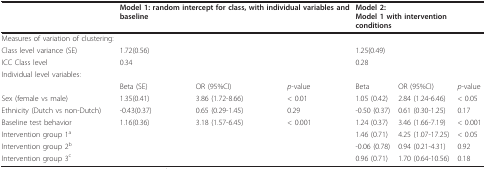
<table><thead><tr><td></td><td colspan="3"><b>Model 1: random intercept for class, with individual variables and baseline</b></td><td colspan="3"><b>Model 2:Model 1 with intervention conditions</b></td></tr></thead><tbody><tr><td>Measures of variation of clustering:</td><td></td><td></td><td></td><td></td><td></td><td></td></tr><tr><td>Class level variance (SE)</td><td>1.72(0.56)</td><td></td><td></td><td>1.25(0.49)</td><td></td><td></td></tr><tr><td>ICC Class level</td><td>0.34</td><td></td><td></td><td>0.28</td><td></td><td></td></tr><tr><td>Individual level variables:</td><td></td><td></td><td></td><td></td><td></td><td></td></tr><tr><td></td><td>Beta (SE)</td><td>OR (95%CI)</td><td><i>p</i>-value</td><td>Beta</td><td>OR (95%CI)</td><td><i>p</i>-value</td></tr><tr><td>Sex (female vs male)</td><td>1.35(0.41)</td><td>3.86 (1.72-8.66)</td><td>&lt; 0.01</td><td>1.05 (0.42)</td><td>2.84 (1.24-6.46)</td><td>&lt; 0.05</td></tr><tr><td>Ethnicity (Dutch vs non-Dutch)</td><td>-0.43(0.37)</td><td>0.65 (0.29-1.45)</td><td>0.29</td><td>-0.50 (0.37)</td><td>0.61 (0.30-1.25)</td><td>0.17</td></tr><tr><td>Baseline test behavior</td><td>1.16(0.36)</td><td>3.18 (1.57-6.45)</td><td>&lt; 0.001</td><td>1.24 (0.37)</td><td>3.46 (1.66-7.19)</td><td>&lt; 0.001</td></tr><tr><td>Intervention group 1<sup>a</sup></td><td></td><td></td><td></td><td>1.46 (0.71)</td><td>4.25 (1.07-17.25)</td><td>&lt; 0.05</td></tr><tr><td>Intervention group 2<sup>b</sup></td><td></td><td></td><td></td><td>-0.06 (0.78)</td><td>0.94 (0.21-4.31)</td><td>0.92</td></tr><tr><td>Intervention group 3<sup>c</sup></td><td></td><td></td><td></td><td>0.96 (0.71)</td><td>1.70 (0.64-10.56)</td><td>0.18</td></tr></tbody></table>